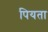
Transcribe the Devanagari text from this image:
पियता